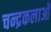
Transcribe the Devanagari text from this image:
चन्द्रकलाओं